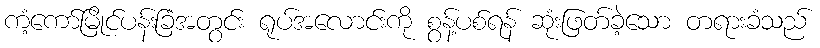
ကံ့ကော်မြိုင်ပန်းခြံအတွင်း ရုပ်အလောင်းကို စွန့်ပစ်ရန် ဆုံးဖြတ်ခဲ့သော တရားခံသည်